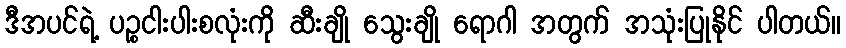
ဒီအပင်ရဲ့ ပဉ္စငါးပါးစလုံးကို ဆီးချို သွေးချို ရောဂါ အတွက် အသုံးပြုနိုင် ပါတယ်။